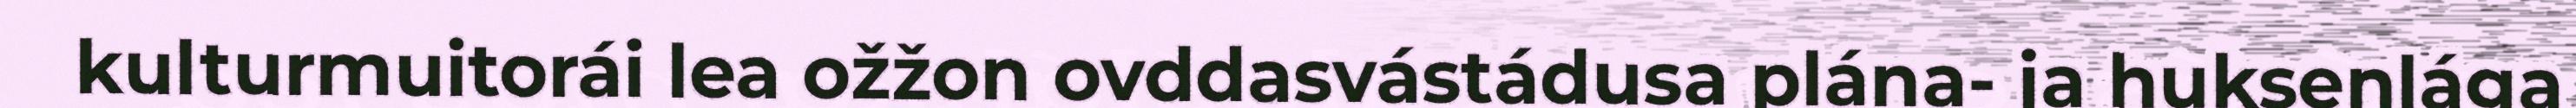
kulturmuitorái lea ožžon ovddasvástádusa plána- ja huksenlága